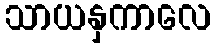
သာယနှကာလေ